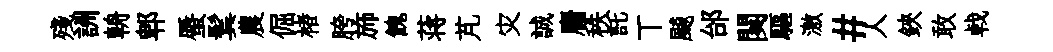
殘詶輈郫蜃鬂農倔楮胯斾餽蒋芃灾誠麕秩託丅飇邰闋驅激#人鋏敢㦸